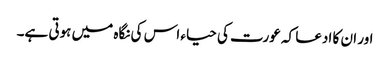
اور ان کا ادعا کہ عورت کی حیاء اس کی نگاہ میں ہوتی ہے۔